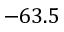
- 6 3 . 5